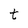
Character: t